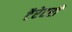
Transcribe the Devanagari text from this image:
टैरेटरी